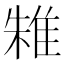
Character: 𨾲